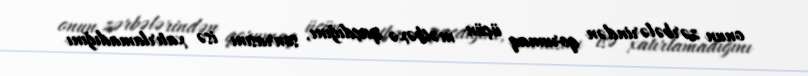
onun zərbələrindən qorumaq üçün mətbəxə qaçdığını, sonrasını isə xatırlamadığını